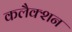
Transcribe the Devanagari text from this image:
कलैक्शन